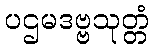
ပဌမဒဗ္ဗသုတ္တံ